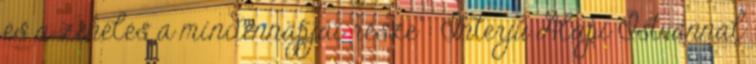
és a zenélés a mindennapjai része”: Interjú Alapi Istvánnal